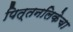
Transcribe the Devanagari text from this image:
पित्तनलिकेचा